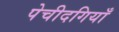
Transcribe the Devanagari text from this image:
पेचीदगियाँ